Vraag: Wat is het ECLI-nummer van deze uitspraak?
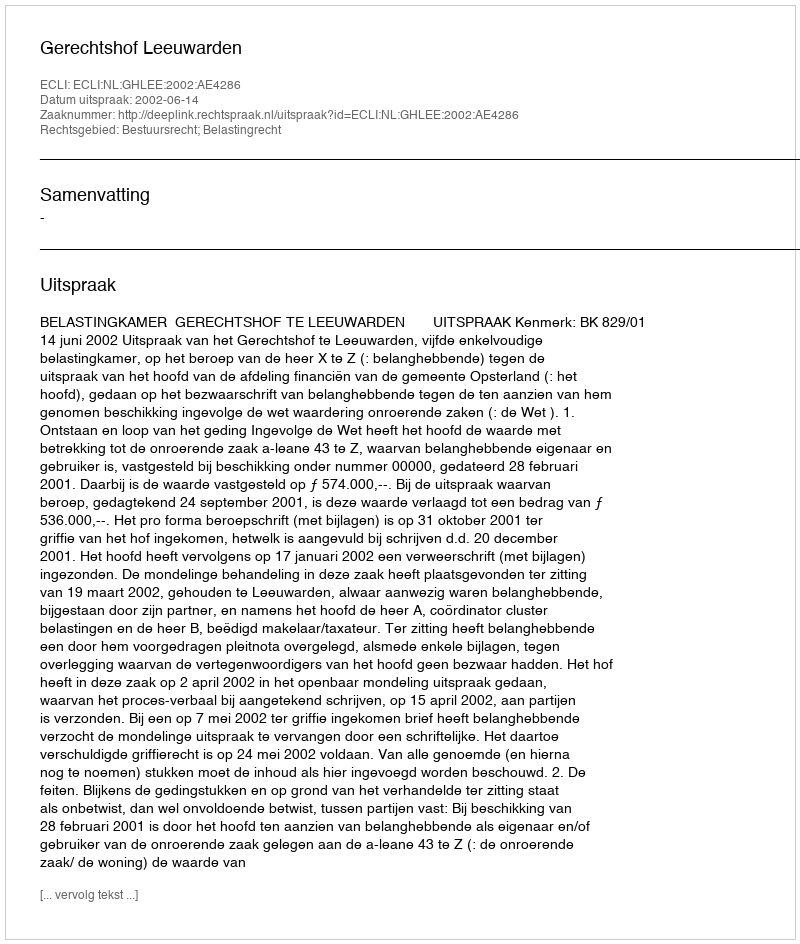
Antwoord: ECLI:NL:GHLEE:2002:AE4286